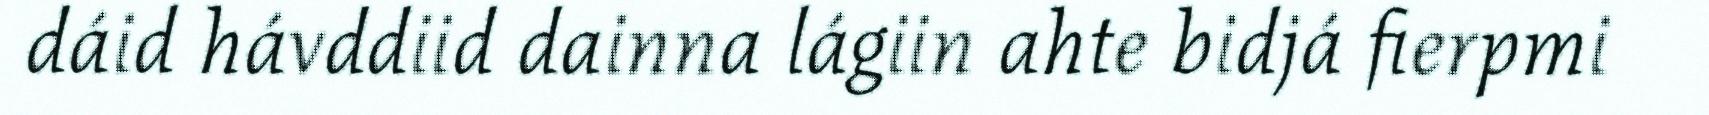
dáid hávddiid dainna lágiin ahte bidjá fierpmi